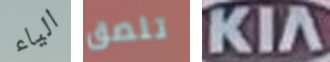
الياء تلصق KIA